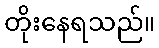
တိုးနေရသည်။